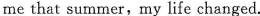
me that summer,my life changed.